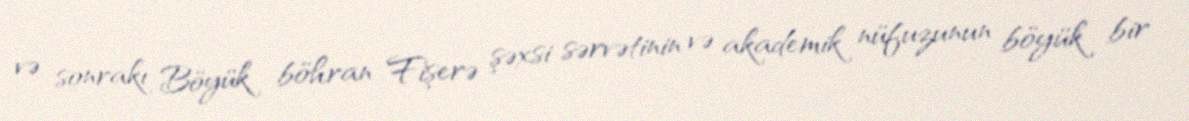
və sonrakı Böyük böhran Fişerə şəxsi sərvətinin və akademik nüfuzunun böyük bir